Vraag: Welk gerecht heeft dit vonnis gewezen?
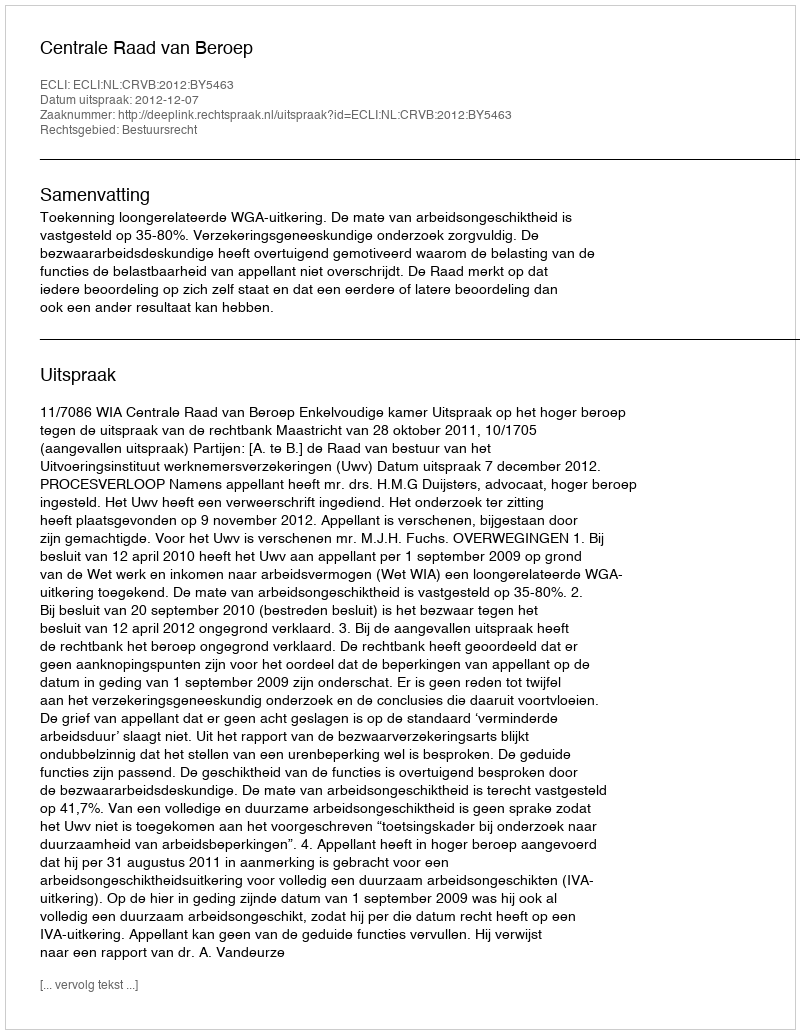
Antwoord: Centrale Raad van Beroep